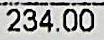
234.00